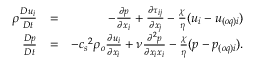
\begin{array} { r l r } { \rho \frac { D u _ { i } } { D t } } & { = } & { - \frac { \partial p } { \partial x _ { i } } + \frac { \partial \tau _ { i j } } { \partial x _ { j } } - \frac { \chi } { \eta } ( { u } _ { i } - u _ { ( o q ) i } ) } \\ { \frac { D p } { D t } } & { = } & { - { c _ { s } } ^ { 2 } \rho _ { o } \frac { \partial u _ { i } } { \partial x _ { i } } + \nu \frac { \partial ^ { 2 } p } { \partial x _ { i } x _ { i } } - \frac { \chi } { \eta } ( { p - p _ { ( o q ) i } } ) . } \end{array}